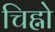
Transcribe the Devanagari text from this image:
चिह्नो